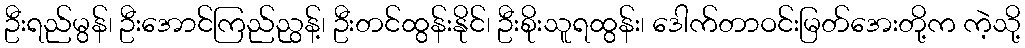
ဦးရည်မွန်၊ ဦးအောင်ကြည်ညွန့်၊ ဦးတင်ထွန်းနိုင်၊ ဦးစိုးသူရထွန်း၊ ဒေါက်တာဝင်းမြတ်အေးတို့က ကဲ့သို့